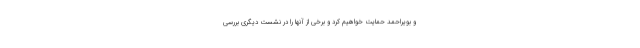
و بویراحمد حمایت خواهیم کرد و برخی از آنها را در نشست دیگری بررسی